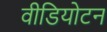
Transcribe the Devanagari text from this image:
वीडियोटन